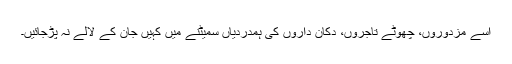
اُسے مزدوروں، چھوٹے تاجروں، دُکان داروں کی ہمدردیاں سمیٹنے میں کہیں جان کے لالے نہ پڑجائیں۔